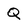
Character: Q